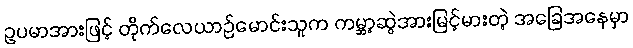
ဥပမာအားဖြင့် တိုက်လေယာဉ်မောင်းသူက ကမ္ဘာ့ဆွဲအားမြင့်မားတဲ့ အခြေအနေမှာ